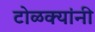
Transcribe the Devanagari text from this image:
टोळक्यांनी